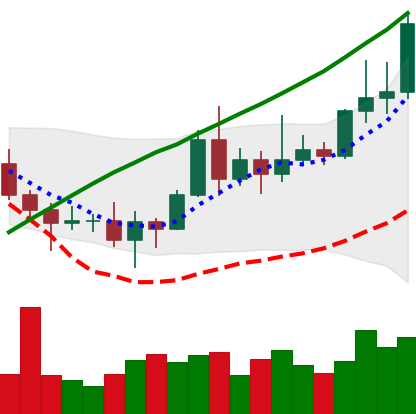
Ticker: XRP-USD
Chart end date: 2020-11-16
Forward return: 60.53%
Label: up_7plus